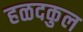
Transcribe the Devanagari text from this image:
हळदकुल